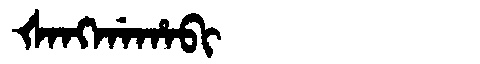
Manchu: ᡧᠠᠩᡤᠠᡥᠠᠪᡳ
Romanization: ŠANGGAHABI